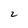
Character: 2